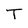
Character: T